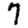
Digit: 7